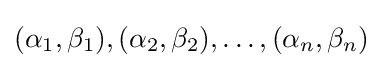
(\alpha _{1},\beta _{1}),(\alpha _{2},\beta _{2}),\dotsc ,(\alpha _{n},\beta _{n})